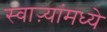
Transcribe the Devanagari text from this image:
स्वाऱ्यांमध्ये